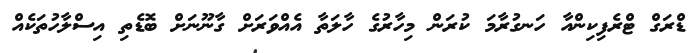
ޑްރަގް ޓްރެފިކިންއާ ހަނގުރާމަ ކުރަން މިހާރުގެ ހާލަތާ އެއްވަރަށް ގާނޫނަށް ބޮޑެތި އިސްލާހުތަކެއް